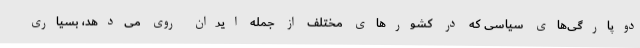
دوپارگی‌های سیاسی که در کشورهای مختلف از جمله ایران روی می‌دهد، بسیاری